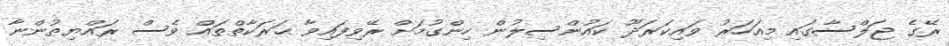
ރޭގެ ޖަލްސާގައި މިއަހަރު ވައިކަރަދޫ ކައުންސިލުން ހިންގުމަށް ރޭވިފައިވާ ޙަރަކާތްތައް ވެސް ރައްޔިތުންނާ